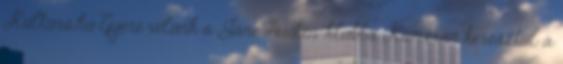
Kultúra.hu Gyere velünk a Jane Austen-klubba Kamerán keresztül a